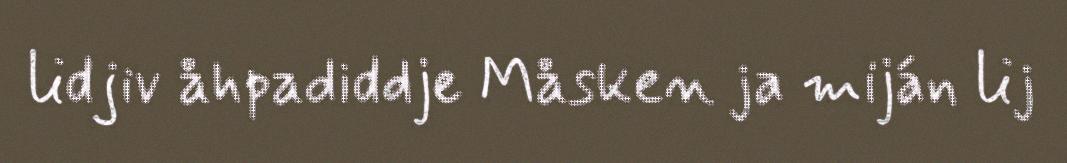
lidjiv åhpadiddje Måsken ja miján lij